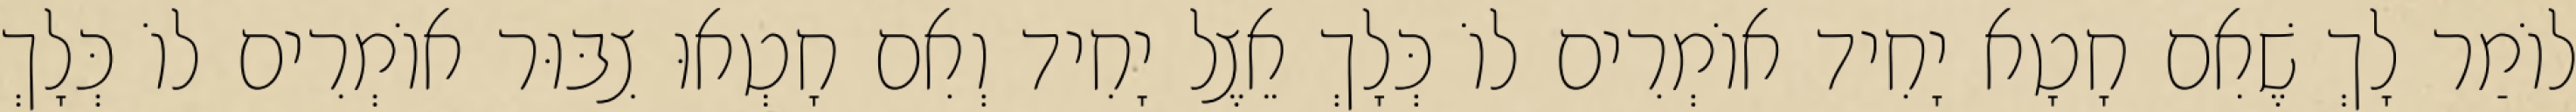
לוֹמַר לָךְ שֶׁאִם חָטָא יָחִיד אוֹמְרִים לוֹ כְּלָךְ אֵצֶל יָחִיד וְאִם חָטְאוּ צִבּוּר אוֹמְרִים לוֹ כְּלָךְ